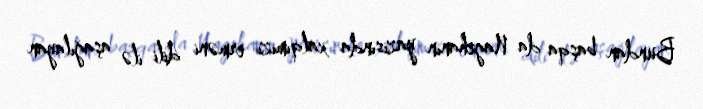
Bundan başqa da Nagehanın yazısında xalqımızı erməni dili ilə aşağılayan